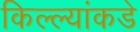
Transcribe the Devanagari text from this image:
किल्ल्यांकडे